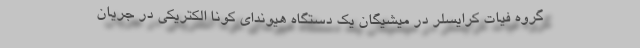
گروه فیات کرایسلر در میشیگان یک دستگاه هیوندای کونا الکتریکی در جریان